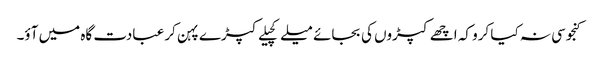
کنجوسی نہ کیا کرو کہ اچھے کپڑوں کی بجائے میلے کچیلے کپڑے پہن کر عبادت گاہ میں آؤ۔